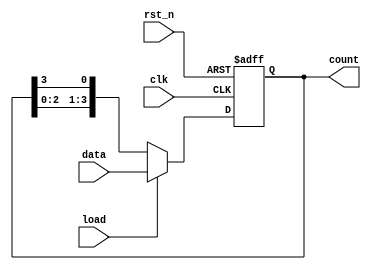
module loadable_ring_counter (
    input wire clk,            // Clock signal
    input wire rst_n,         // Asynchronous active-low reset
    input wire load,          // Load control signal
    input wire [N-1:0] data,  // Input data to load into the counter
    output reg [N-1:0] count   // Current count output
);

// Parameter for defining the width of the counter
parameter N = 4;            // Number of bits in the counter

// Always block for counter operation
always @(posedge clk or negedge rst_n) begin
    if (!rst_n) begin
        // Asynchronous reset to 0
        count <= {N{1'b0}};
    end else if (load) begin
        // Load the counter with the specified input value
        count <= data;
    end else begin
        // Shift the count to create the ring counter effect
        count <= {count[N-2:0], count[N-1]};
    end
end

endmodule